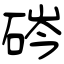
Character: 硶